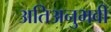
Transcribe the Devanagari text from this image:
अतिअनुभवी